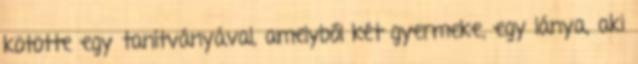
kötötte egy tanítványával, amelyből két gyermeke, egy lánya, aki